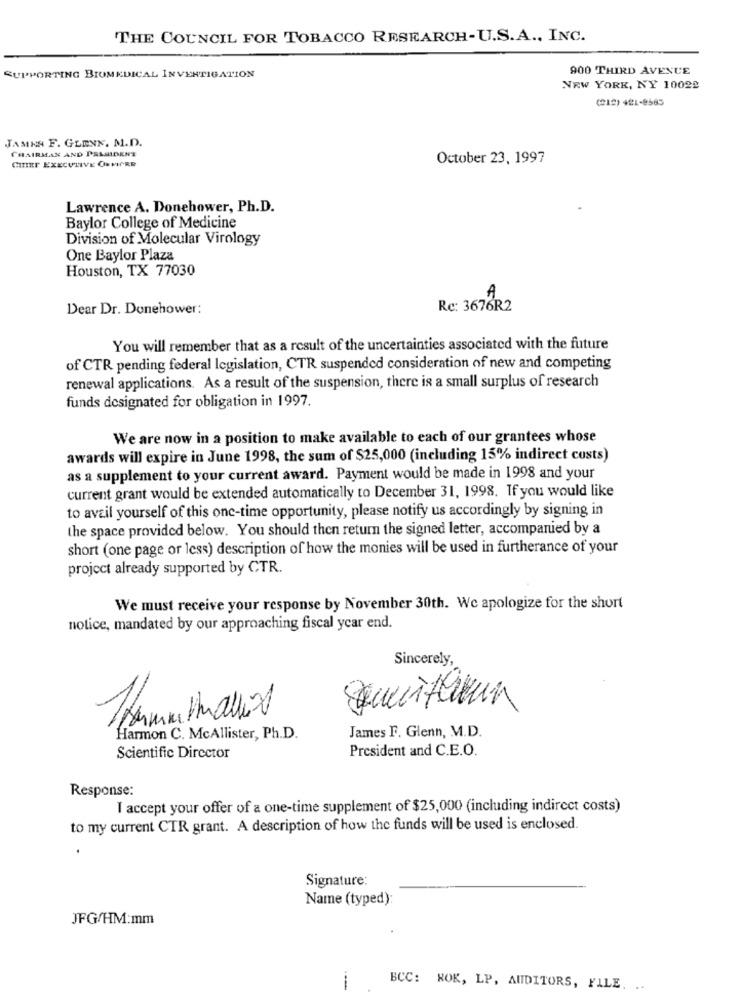
THE COUNCIL FOR TOBACCO RESEARCH-U.S.A ., INC.
900 THIRD AVENUE
SUPPORTING BIUMEDICAL INVESTIGATION
NEW YORK, NY 10022
(212) 421-8585
JAMKA F. GLENN. M.D.
CHAIRMAN AND PSLSIDENT
October 23, 1997
CHIEF EXECUTIVE ORMORE
Lawrence A. Donehower, Ph.D.
Baylor College of Medicine
Division of Molecular Virology
One Baylor Plaza
Houston, TX 77030
Dear Dr. Donehower:
Rc: 3676R2
You will remember that as a result of the uncertainties associated with the future
of CTR pending federal legislation, CTR suspended consideration of new and competing
renewal applications. As a result of the suspension, there is a small surplus of research
funds designated for obligation in 1997.
We are now in a position to make available to each of our grantees whose
awards will expire in June 1998, the sum of $25,000 (including 15% indirect costs)
as a supplement to your current award. Payment would be made in 1998 and your
current grant would be extended automatically to December 31, 1998. If you would like
to avail yourself of this one-time opportunity, please notify us accordingly by signing in
the space provided below. You should then return the signed letter, accompanied by a
short (one page or less) description of how the monies will be used in furtherance of your
project already supported by CTR.
We must receive your response by November 30th. We apologize for the short
notice, mandated by our approaching fiscal year end.
Sincerely,
5
James F. Glenn, M.D.
Harmon C. McAllister, Ph.D.
President and C.E.O.
Scientific Director
Response:
I accept your offer of a one-time supplement of $25,000 (including indirect costs)
to my current CTR grant. A description of how the funds will be used is enclosed.
Signature:
Name (typed):
JFG/HM:mm
BCC: ROK, LP, AUDITORS, FILE.